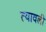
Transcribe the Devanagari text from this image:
त्यावली